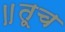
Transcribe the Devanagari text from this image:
॥तूच